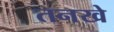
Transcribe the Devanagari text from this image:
तनखे